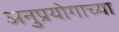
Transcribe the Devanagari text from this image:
अनुप्रयोगाच्या